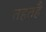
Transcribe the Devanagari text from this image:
तहतहै